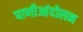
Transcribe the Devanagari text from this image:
पाणीआंदोलन